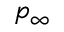
p _ { \infty }